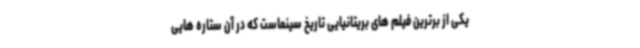
یکی از برترین فیلم های بریتانیایی تاریخ سینماست که در آن ستاره هایی